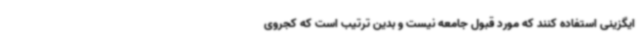
ایگزینی استفاده کنند که مورد قبول جامعه نیست و بدین ترتیب است که کجروی